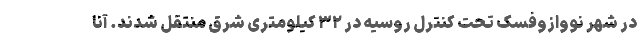
در شهر نووازوفسک تحت کنترل روسیه در ۳۲ کیلومتری شرق منتقل شدند. آنا